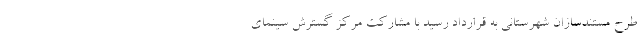
طرح مستندسازان شهرستانی به قرارداد رسید با مشارکت مرکز گسترش سینمای